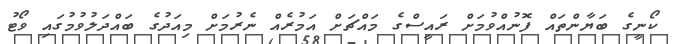
ކޯނީގެ ބަޔާންތައް ފޮނުއްވުމަށް ރައީސްގެ މައްޗަށް އަމުރެއް ނެރުމަށް މިއަދުގެ ބައްދަލުވުމުގައި ވޯޓު